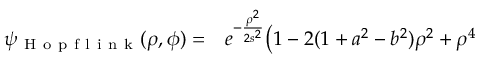
\begin{array} { r l } { \psi _ { \mathrm { ~ H ~ o ~ p ~ f ~ l ~ i ~ n ~ k ~ } } ( \rho , \phi ) = } & { { } e ^ { - \frac { \rho ^ { 2 } } { 2 s ^ { 2 } } } \bigr ( 1 - 2 ( 1 + a ^ { 2 } - b ^ { 2 } ) \rho ^ { 2 } + \rho ^ { 4 } } \end{array}